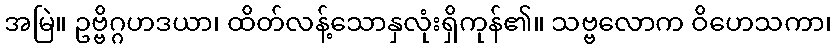
အမြဲ။ ဥဗ္ဗိဂ္ဂဟဒယာ၊ ထိတ်လန့်သောနှလုံးရှိကုန်၏။ သဗ္ဗလောက ဝိဟေသကာ၊